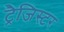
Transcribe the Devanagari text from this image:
ट्रैजिस्टर